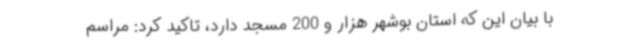
با بیان این که استان بوشهر هزار و 200 مسجد دارد، تاکید کرد: مراسم